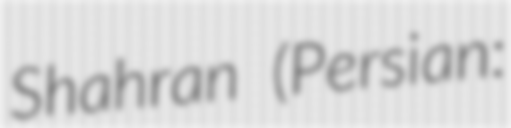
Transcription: Shahran (Persian: